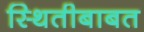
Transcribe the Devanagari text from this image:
स्थितीबाबत